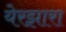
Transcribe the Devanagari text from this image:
येरझारा